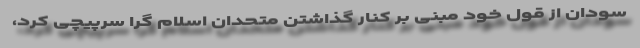
سودان از قول خود مبنی بر کنار گذاشتن متحدان اسلام گرا سرپیچی کرد،